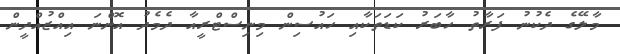
މާލޭގެ ދެކުނު ފަރާތު ހާބަރު ކަޑަތަކާއި ހައުސިން މިނިސްޓްރީއާ ދެމެދު އޮންނަ އިއްޒުއްދީން